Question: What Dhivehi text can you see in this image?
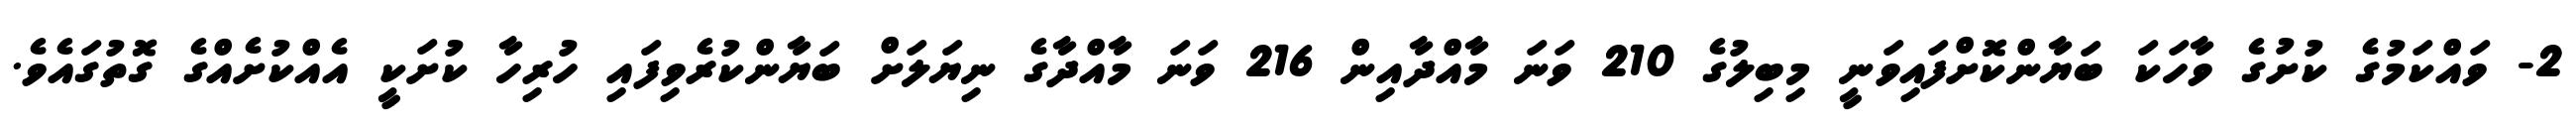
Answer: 2- ވައްކަމުގެ ކުށުގެ ވާހަކަ ބަޔާންކޮށްފައިވަނީ މިބިލުގެ 210 ވަނަ މާއްދާއިން 216 ވަނަ މާއްދާގެ ނިޔަލަށް ބަޔާންކުރެވިފައި ހުރިހާ ކުށަކީ އެއްކުށެއްގެ ގޮތުގައެވެ.